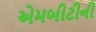
એમબીટીની